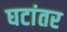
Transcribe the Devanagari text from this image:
घटांतर